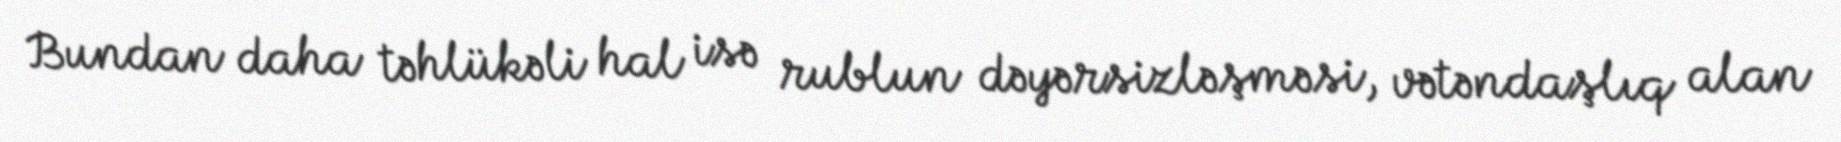
Bundan daha təhlükəli hal isə rublun dəyərsizləşməsi, vətəndaşlıq alan